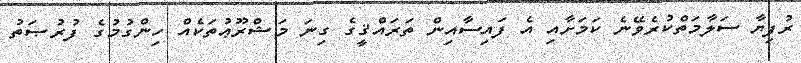
ރުފިޔާ ސަލާމަތްކުރެވޭނެ ކަމަށާއި އެ ފައިސާއިން ތަރައްޤީގެ ގިނަ މަޝްރޫޢުތަކެއް ހިންގުމުގެ ފުރުޞަތު